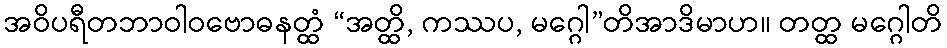
အဝိပရီတဘာဝါဝဗောဓနတ္ထံ “အတ္ထိ, ကဿပ, မဂ္ဂေါ”တိအာဒိမာဟ။ တတ္ထ မဂ္ဂေါတိ